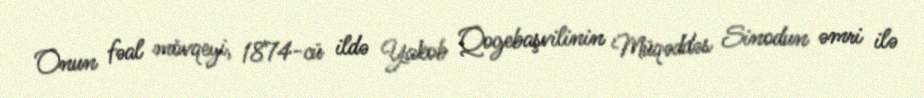
Onun fəal mövqeyi, 1874-cü ildə Yakob Qogebaşvilinin Müqəddəs Sinodun əmri ilə